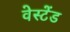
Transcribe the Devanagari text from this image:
वेस्टेंड